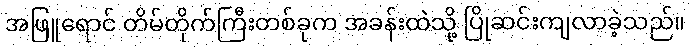
အဖြူရောင် တိမ်တိုက်ကြီးတစ်ခုက အခန်းထဲသို့ ပြိုဆင်းကျလာခဲ့သည်။